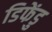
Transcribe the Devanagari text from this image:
डिफेंडु